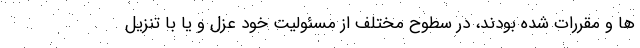
ها و مقررات شده بودند، در سطوح مختلف از مسئولیت خود عزل و یا با تنزیل